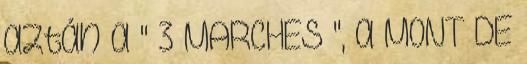
aztán a " 3 MARCHES ", a MONT DE